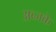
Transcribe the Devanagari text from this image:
अब्जके